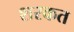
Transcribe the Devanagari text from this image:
शरकत